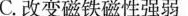
C.改变磁铁磁性强弱